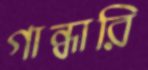
গান্ধারি